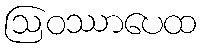
ဩဝဿာပေထ